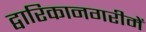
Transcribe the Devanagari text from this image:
द्वारिकानगरीमें